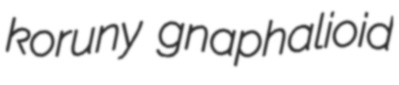
koruny gnaphalioid